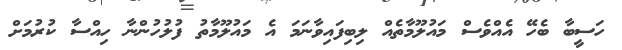
ހަސީބާ ބެހޭ އެއްވެސް މައުލޫމާތެއް ލިބިފައިވާނަމަ އެ މައުލޫމާތު ފުލުހުންނާ ހިއްސާ ކުރުމަށް